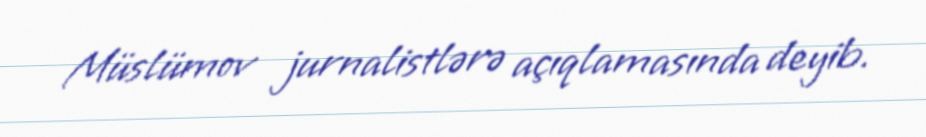
Müslümov jurnalistlərə açıqlamasında deyib.